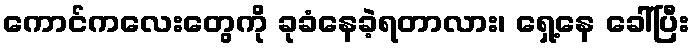
ကောင်ကလေးတွေကို ခုခံနေခဲ့ရတာလား၊ ရှေ့နေ ခေါ်ပြီး